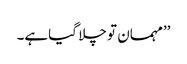
’’مہمان تو چلا گیاہے۔